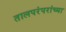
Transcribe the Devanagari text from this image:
तालपरंपरांच्या